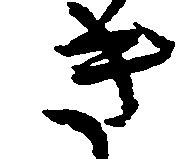
き